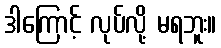
ဒါကြောင့် လုပ်လို့ မရဘူး။